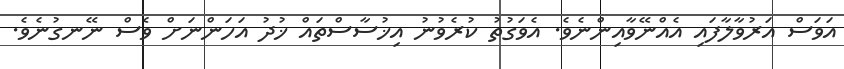
އަވަސް އަރުވާލާފައި އެއްނޭވާއިންނެވެ. އެވަގުތު ކުރެވުނު އިޚުސާސްތައް ޚުދު އަހަންނަށް ވެސް ނޭނގުނެވެ.